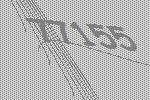
77155